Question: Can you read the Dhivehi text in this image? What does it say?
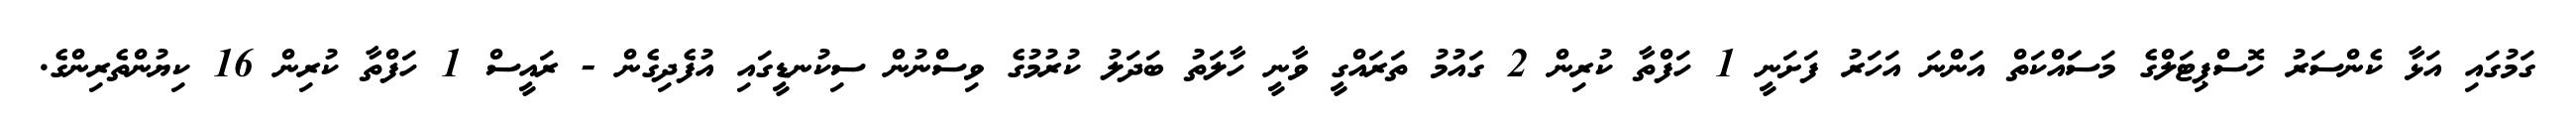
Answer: ގަމުގައި އަޅާ ކެންސަރު ހޮސްޕިޓަލްގެ މަސަައްކަތް އަންނަ އަހަރު ފަށަނީ 1 ހަފްތާ ކުރިން 2 ގައުމު ތަރައްގީ ވާނީ ހާލަތު ބަދަލު ކުރުމުގެ ވިސްނުން ސިކުނޑީގައި އުފެދިގެން - ރައީސް 1 ހަފްތާ ކުރިން 16 ކިޔުންތެރިންގެ.